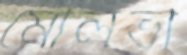
মৌলভী